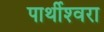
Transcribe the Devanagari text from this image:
पार्थीश्‍वरा